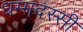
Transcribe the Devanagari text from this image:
धम्मदस्सी